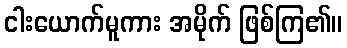
ငါးယောက်မူကား အမိုက် ဖြစ်ကြ၏။